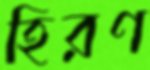
হিরণ